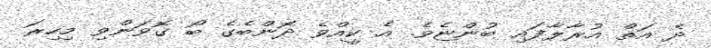
ދެ އަތް އުރާލާފައި ބުންޏެވެ. އެ ކީއްވެ ދޮންބެގެ ބޯ ގޮވަންވި މިހިރަ